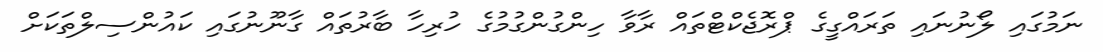
ނަމުގައި ލޯނުނައި ތަރައްގީގެ ޕްރޮޖެކްޓްތައް ރާވާ ހިންގުންގުމުގެ ހުރިހާ ބާރުތައް ގާނޫނުގައި ކައުންސިލްތަކަށް